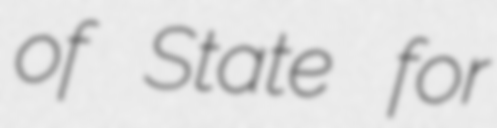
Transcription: of State for